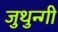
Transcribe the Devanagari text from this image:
जुथुन्गी